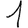
Digit: 1